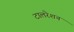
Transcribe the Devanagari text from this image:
टालरेशन